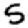
Digit: 5